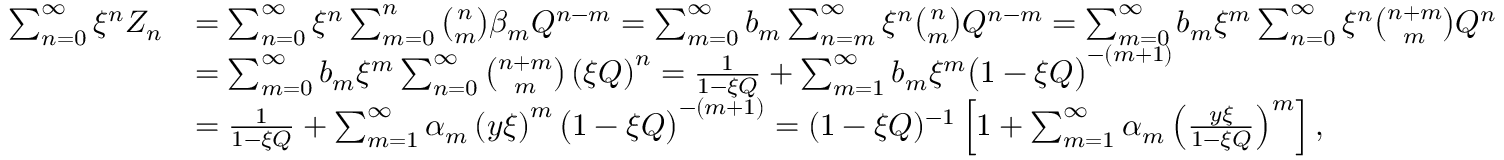
\begin{array} { r l } { \sum _ { n = 0 } ^ { \infty } \xi ^ { n } Z _ { n } } & { = \sum _ { n = 0 } ^ { \infty } \xi ^ { n } \sum _ { m = 0 } ^ { n } \binom { n } { m } \beta _ { m } Q ^ { n - m } = \sum _ { m = 0 } ^ { \infty } b _ { m } \sum _ { n = m } ^ { \infty } \xi ^ { n } \binom { n } { m } Q ^ { n - m } = \sum _ { m = 0 } ^ { \infty } b _ { m } \xi ^ { m } \sum _ { n = 0 } ^ { \infty } \xi ^ { n } \binom { n + m } { m } Q ^ { n } } \\ & { = \sum _ { m = 0 } ^ { \infty } b _ { m } \xi ^ { m } \sum _ { n = 0 } ^ { \infty } \binom { n + m } { m } \left( \xi Q \right) ^ { n } = \frac 1 { 1 - \xi Q } + \sum _ { m = 1 } ^ { \infty } b _ { m } \xi ^ { m } \big ( 1 - \xi Q \big ) ^ { - ( m + 1 ) } } \\ & { = \frac 1 { 1 - \xi Q } + \sum _ { m = 1 } ^ { \infty } \alpha _ { m } \left( y \xi \right) ^ { m } \big ( 1 - \xi Q \big ) ^ { - ( m + 1 ) } = ( 1 - \xi Q ) ^ { - 1 } \left[ 1 + \sum _ { m = 1 } ^ { \infty } \alpha _ { m } \left( \frac { y \xi } { 1 - \xi Q } \right) ^ { m } \right] , } \end{array}